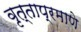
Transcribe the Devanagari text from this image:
वृत्ताप्रमाणे